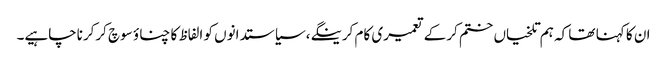
ان کا کہنا تھا کہ ہم تلخیاں ختم کرکے تعمیری کام کرینگے،سیاستدانوں کو الفاظ کا چناؤ سوچ کرکرناچاہیے۔